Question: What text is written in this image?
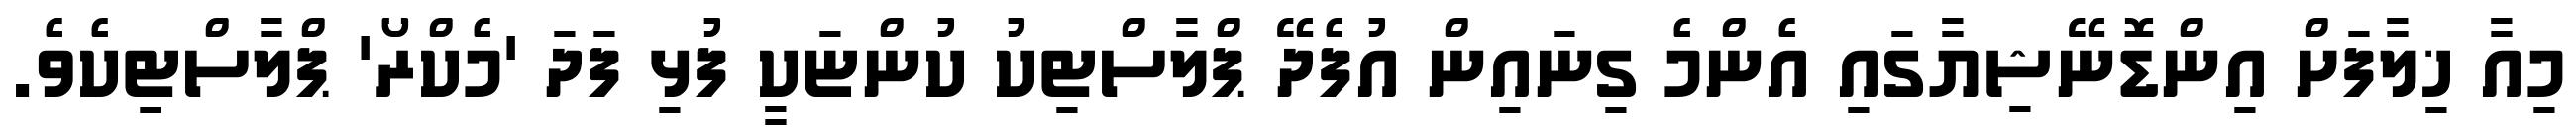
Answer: މިއާ ޚިލާފަށް އިންޑޮނޭޝިޔާގައި އެންމެ ގިނައިން އުފެދޭ ޕްލާސްޓިކު ކުންޏަކީ ފުޅި ފަދަ 'މެކްރޯ' ޕްލާސްޓިކެވެ.